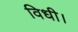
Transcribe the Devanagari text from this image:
विधी।